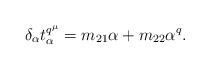
LaTeX: \begin{align*}\delta_{\alpha}t_{\alpha}^{q^{\mu}}=m_{21}\alpha + m_{22}\alpha^q.\end{align*}